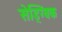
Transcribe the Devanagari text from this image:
सेड्ग्विक